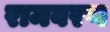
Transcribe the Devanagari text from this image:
रामबरण